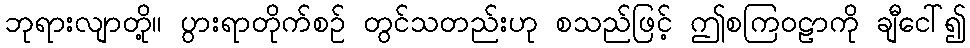
ဘုရားလျာတို့။ ပွားရာတိုက်စဉ် တွင်သတည်းဟု စသည်ဖြင့် ဤစကြဝဠာကို ချီငေါ်၍